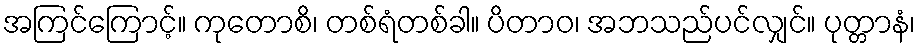
အကြင်ကြောင့်။ ကုတောစိ၊ တစ်ရံတစ်ခါ။ ပိတာဝ၊ အဘသည်ပင်လျှင်။ ပုတ္တာနံ၊